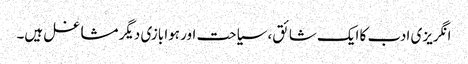
انگریزی ادب کا ایک شائق، سیاحت اور ہوا بازی دیگر مشاغل ہیں۔